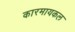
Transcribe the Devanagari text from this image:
कारमायकल